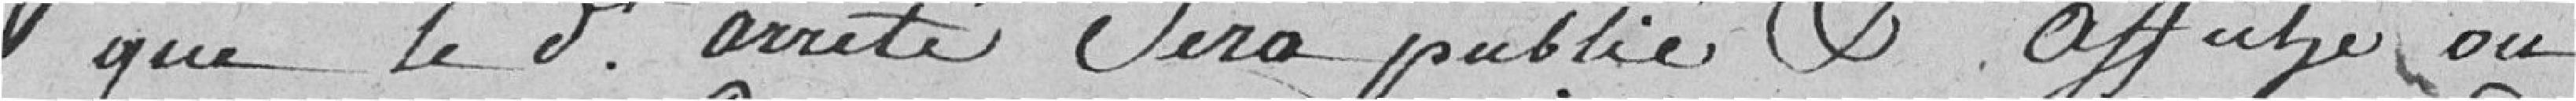
que le dit arrêté sera publié et affiché ou